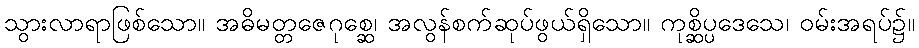
သွားလာရာဖြစ်သော။ အဓိမတ္တဇေဂုစ္ဆေ၊ အလွန်စက်ဆုပ်ဖွယ်ရှိသော။ ကုစ္ဆိပ္ပဒေသေ၊ ဝမ်းအရပ်၌။